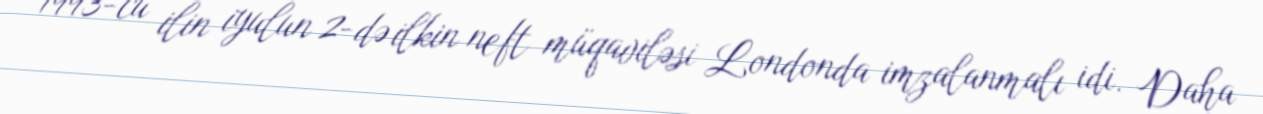
1993-cü ilin iyulun 2-də ilkin neft müqaviləsi Londonda imzalanmalı idi. Daha